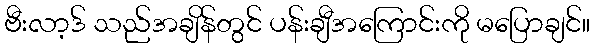
ဗီးလာ့ဒ် သည်အချိန်တွင် ပန်းချီအကြောင်းကို မပြောချင်။